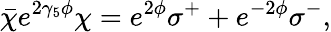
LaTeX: \bar{\chi}e^{2\gamma_{5}\phi}\chi=e^{2\phi}\sigma^{+}+e^{-2\phi}\sigma^{-},